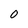
Character: O